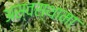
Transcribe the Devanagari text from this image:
अस्वस्थामा